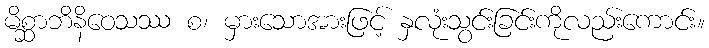
မိစ္ဆာဘိနိဝေသဿ စ၊ မှားသောအားဖြင့် နှလုံးသွင်းခြင်းကိုလည်းကောင်း။